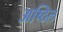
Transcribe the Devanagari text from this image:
अष्ठिल